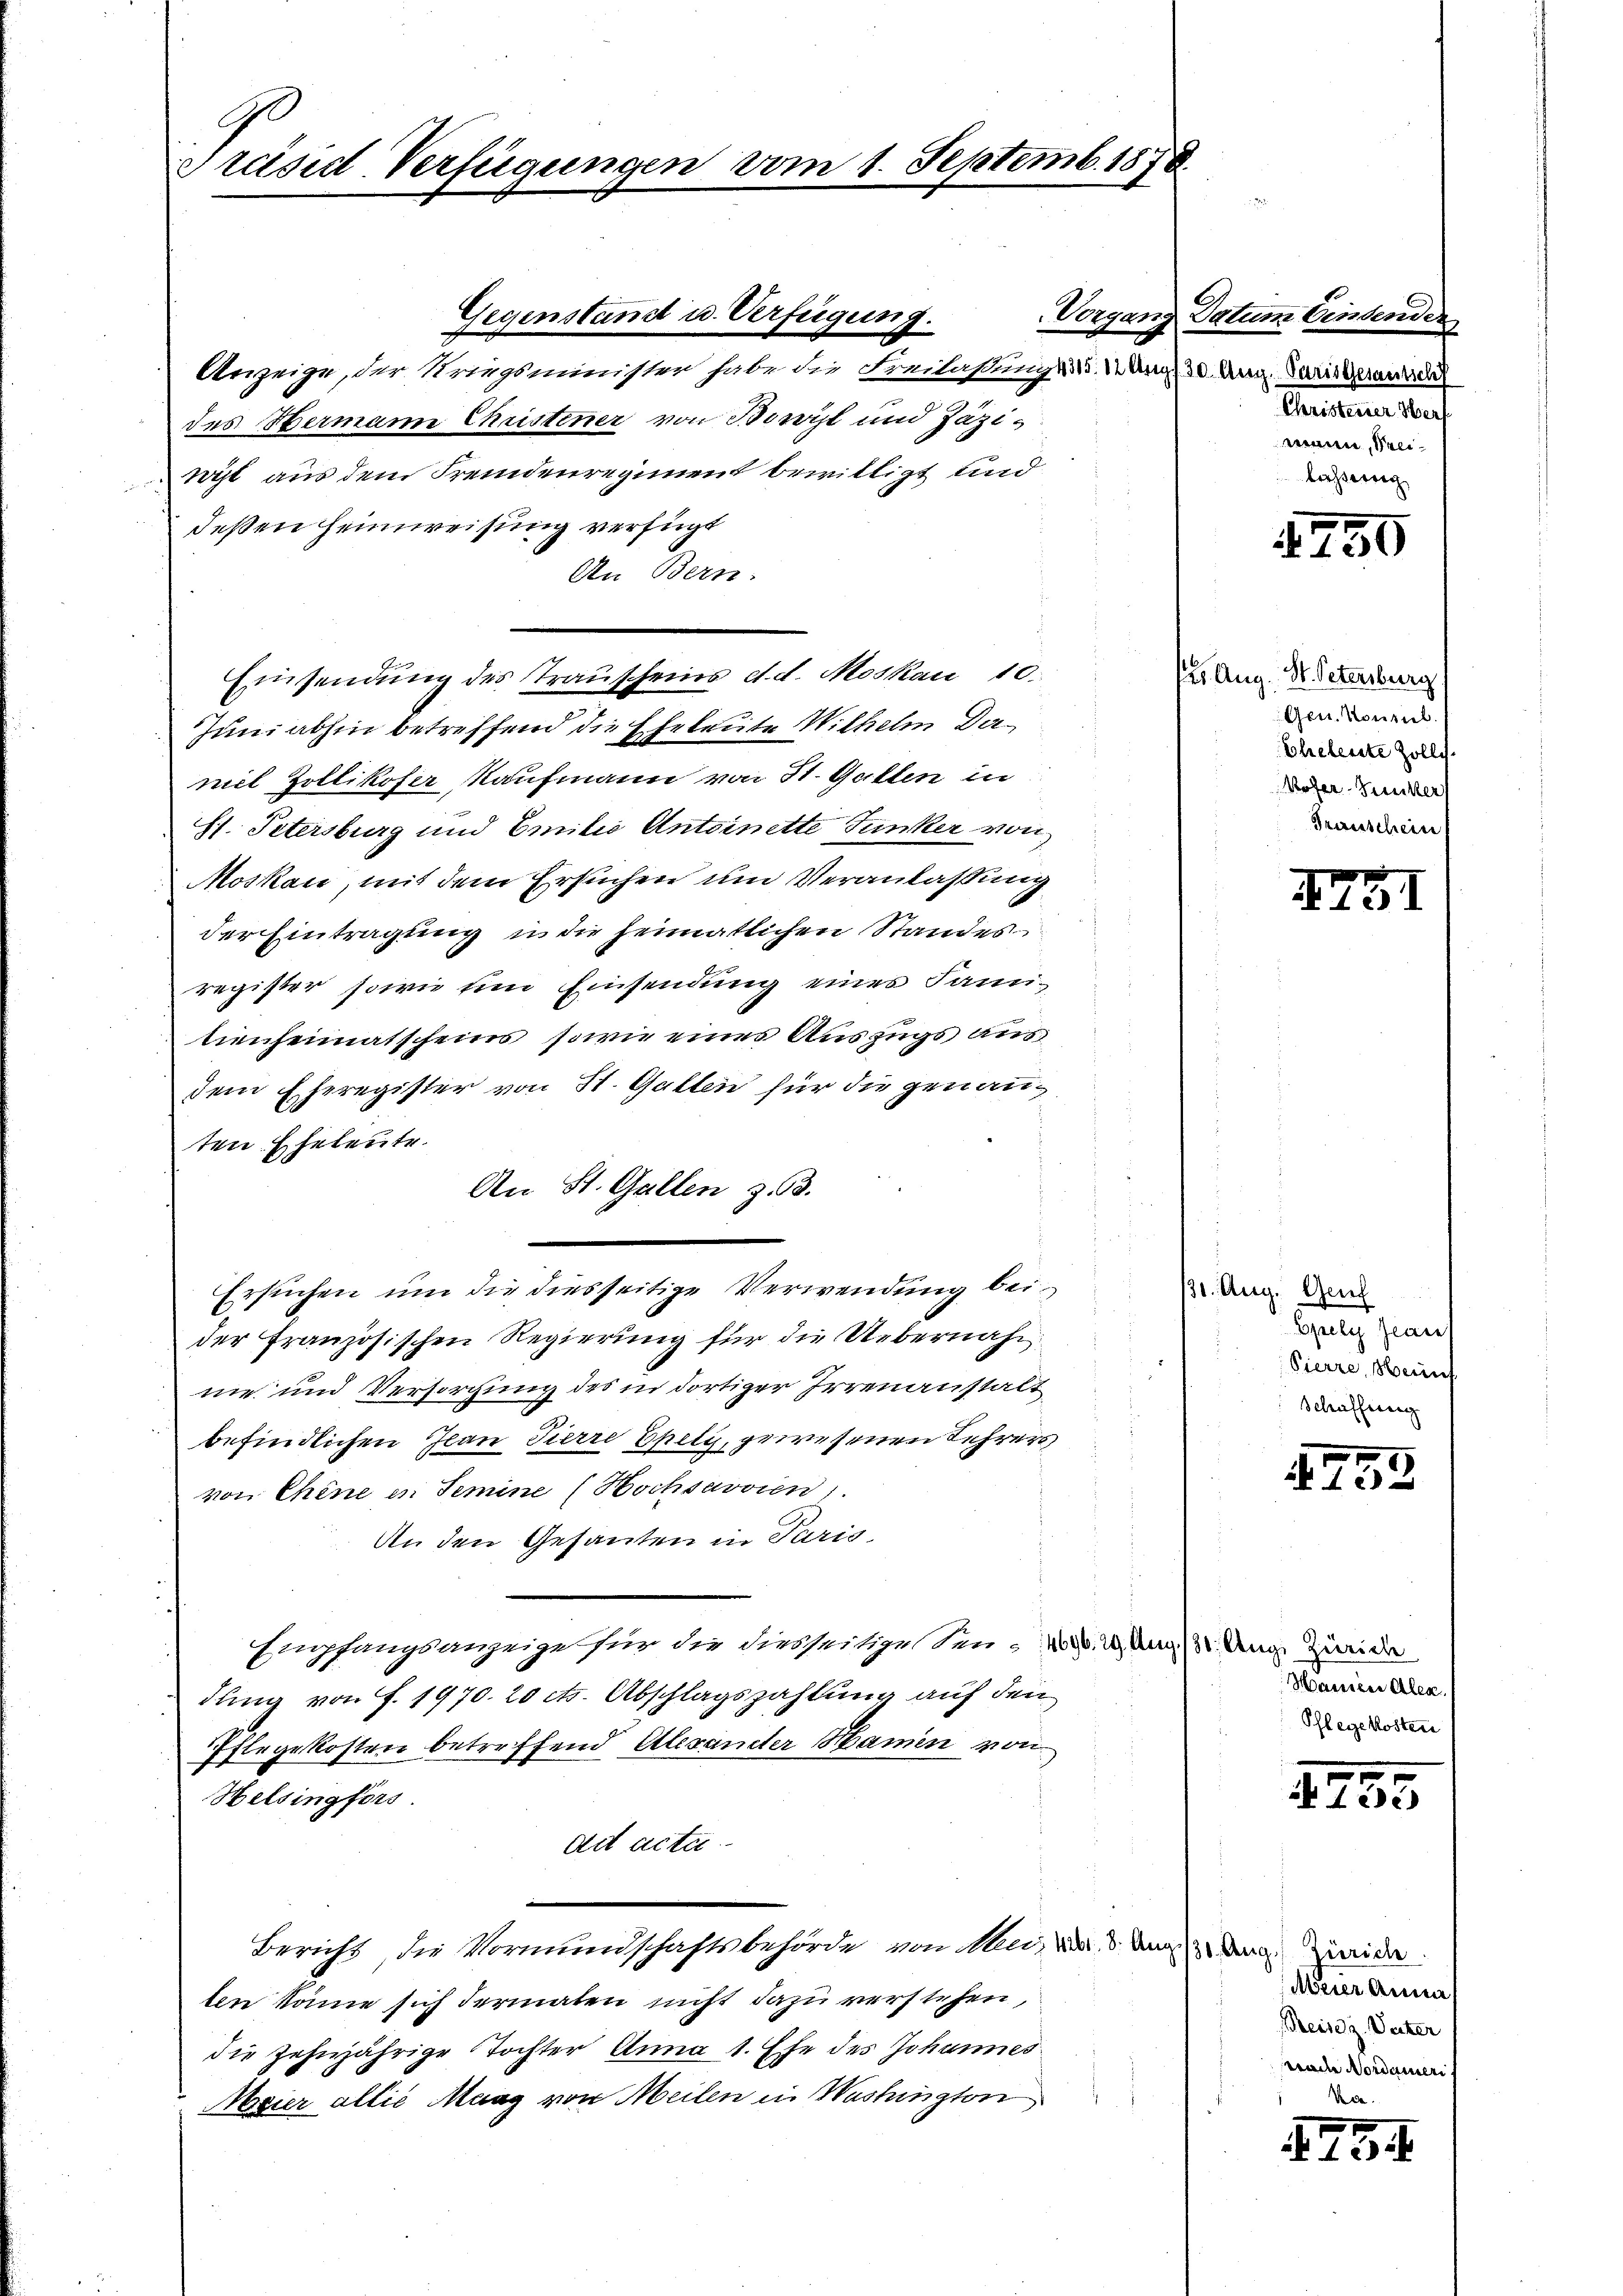
Präsid-Verfügungen vom 1. Septemb. 1878

Gegenstand u. Verfügung.

Anzeige, der Kriegsminister habe die Freilaßung d. d. Ung 30. Aug. Paris gewunde
des Hermann Christener von Borvist und Jäzität aus dem Fremdenregiment bewilligt und
deßen Heimreisung verfügt
An Bern.
Einsendung des Trauscheins d. d. Moskau 10.
Juni abhin betreffend die Eheleute Wilhelm Damil Zollikofer Kaufmann von St. Gallen in
sl. Petersburg und Emilie Antoinette Junker von
Moskau, mit dem Ersuchen um Veranlaßung
der Eintragung in die heimatlichen Standes
register sowie ein Einsendung eines Famitienheimatscheins, sowie eines Auszugs aus
dem Eheregister von St. Gallen für die genannt
ten Eheleute.
i
An St. Gallen z. 63.
Ersuchen um die diesseitige Verwendung beider Französischen Regierung für die Uebernahm
me und Versorgung des in dortiger Irrenanstalt
befindlichen Jean Pierre Epeli, gewesenen Lehrers
von Chine in Semine (Hochsavvien
An den Gesanten in Paris
Empfangsanzeige für die diesseitige See, 1. 2. Aug. Ung. Zweide
dung von f. 1970. 20 cts. Abschlagszahlung auf den
Pflegekosten betreffend Alexander Hamin von
Helsingförs
ad acta
Bericht, die Vormundschaftsbehörde von Mai, das der Ung. Zweide
ten könne sich dermalen nicht dazu verstehen,
die zehnjährige Tochter Anna 1. Ehe des Johannes
Meier allie Maag von Meilen in Washington

Vorgang Datum bindenden
Christeuer Her
mann, Salibesherig

1750

2 Aug. St. Petersburg
Gen. Konsul
Eheleute Zolly.
Wofer Funker
Transchein

1731

1. Aug. Gel
Gang sin
Pierre, einf
Schaffung

4452

Manien Alex
Pflegekosten

4755

Meier Anna,
Reisez. Vater
wrede Nordamer
See.

4754